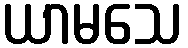
ယာမသေ